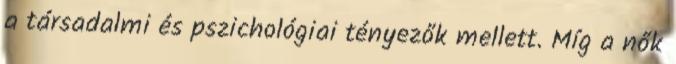
a társadalmi és pszichológiai tényezők mellett. Míg a nők